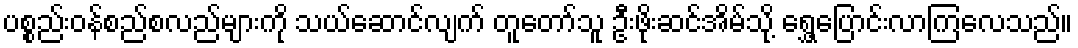
ပစ္စည်းဝန်စည်စလည်များကို သယ်ဆောင်လျက် တူတော်သူ ဦးဖိုးဆင်အိမ်သို့ ရွှေ့ပြောင်းလာကြလေသည်။